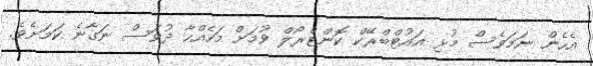
އެހެން ނަމަވެސް މުޅި އައުޓްބްރޭކް ކޮންޓްރޯލް ވުމަށް މަހެއްހާ ދުވަސް ނަގާނެ ކަމަށެވެ.